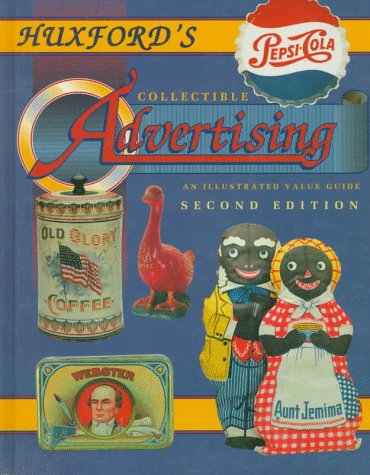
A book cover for Huxford's Collectible Advertising: An Illustrated Value Guide, 2nd Edition; Sharon Huxford; Crafts, Hobbies & Home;